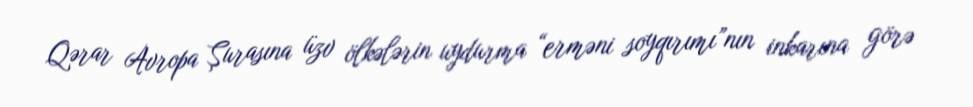
Qərar Avropa Şurasına üzv ölkələrin uydurma “erməni soyqırımı”nın inkarına görə